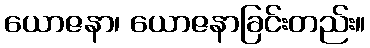
ယောဇနာ၊ ယောဇနာခြင်းတည်း။